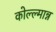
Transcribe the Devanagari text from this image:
कोल्ल्मान्न